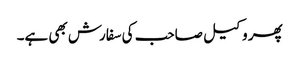
پھر وکیل صاحب کی سفارش بھی ہے۔